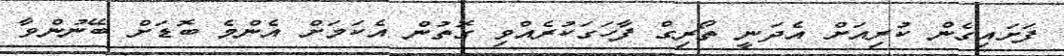
ފަށައިގެން ކުރިއަށް އެދަނީ ތޯރިގް ފާހަގަކުރެއްވި ގޮތުން އެކަމަށް އެންމެ ބޮޑަށް ބޭނުންވާ